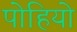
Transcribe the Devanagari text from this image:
पोहियो